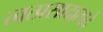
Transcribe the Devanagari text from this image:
त्वत्प्रसादात्पदे